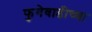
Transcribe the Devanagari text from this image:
फुगेवाडीच्या